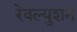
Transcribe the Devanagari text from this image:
रेवल्युशन